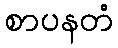
စာပနတံ